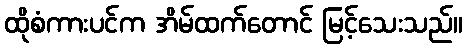
ထိုစံကားပင်က အိမ်ထက်တောင် မြင့်သေးသည်။